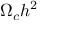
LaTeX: \Omega _ { c } h ^ { 2 }